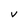
Character: V